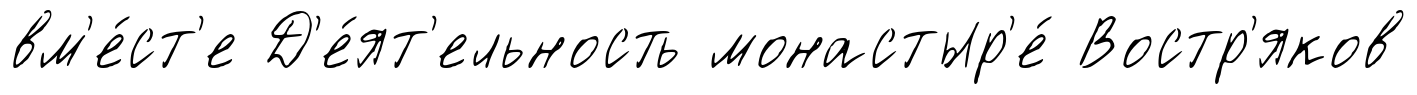
вм'е́ст'е Д'е́ят'ельность монастыр'е́ Востр'яков